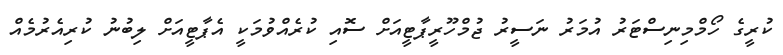
ކުރީގެ ހޯމްމިނިސްޓަރު އުމަރު ނަސީރު ޖުމްހޫރީޕާޓީއަށް ސޮއި ކުރެއްވުމަކީ އެޕާޓީއަށް ލިބުނު ކުރިއެރުމެއް